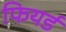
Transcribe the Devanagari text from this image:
फियर्ड